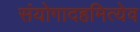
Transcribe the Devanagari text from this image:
संयोगादहमित्येव